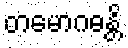
တမောဂဓန္တိ